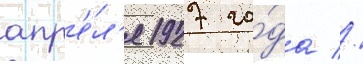
апр'е́л'я 1927 го́да //